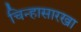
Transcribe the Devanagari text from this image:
चिन्हासारखा